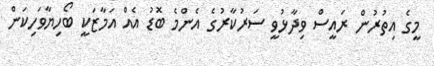
މީގެ އިތުރުން ރައީސް ވިދާޅުވީ ސަރުކާރުގެ އެންމެ ބޮޑު އެއް އަމާޒަކީ ބޯހިޔާވަހިކަން